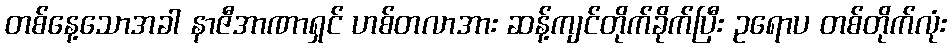
တစ်နေ့သောအခါ နာဇီအာဏာရှင် ဟစ်တလာအား ဆန့်ကျင်တိုက်ခိုက်ပြီး ဥရောပ တစ်တိုက်လုံး